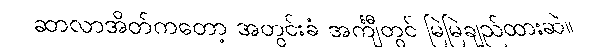
ဆာလာအိတ်ကတော့ အတွင်းခံ အင်္ကျီတွင် မြဲမြဲချည်ထားဆဲ။